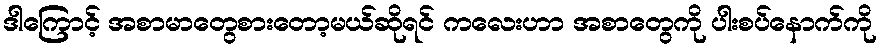
ဒါကြောင့် အစာမာတွေစားတော့မယ်ဆိုရင် ကလေးဟာ အစာတွေကို ပါးစပ်နောက်ကို